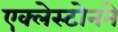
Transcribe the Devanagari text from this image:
एक्लेस्टोनने